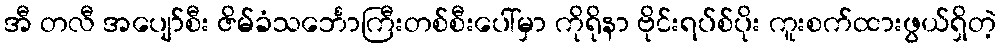
အီ တလီ အပျော်စီး ဇိမ်ခံသင်္ဘောကြီးတစ်စီးပေါ်မှာ ကိုရိုနာ ဗိုင်းရပ်စ်ပိုး ကူးစက်ထားဖွယ်ရှိတဲ့